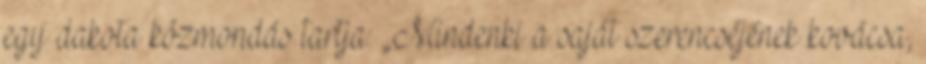
egy dakota közmondás tartja: „Mindenki a saját szerencséjének kovácsa,